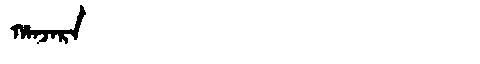
Manchu: ᡥᠠᠨᠵᠠᡵᠠ
Romanization: HANJARA